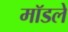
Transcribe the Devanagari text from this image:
मॉडलें